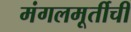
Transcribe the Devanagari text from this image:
मंगलमूर्तीची